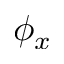
\phi _ { x }